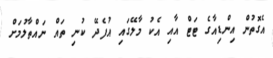
އެގޮތުން އިންޑިއާގެ ޓަޓް އާއި އެކު މާލޭގައި އުފެދޭ ކުނި ތައް ނައްތާލުމަށް